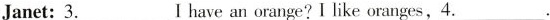
Janet:\underline{3}I have an orange? I like oranges,\underline{4}